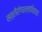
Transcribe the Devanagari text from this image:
स्त्रीरोगशल्यविशारद